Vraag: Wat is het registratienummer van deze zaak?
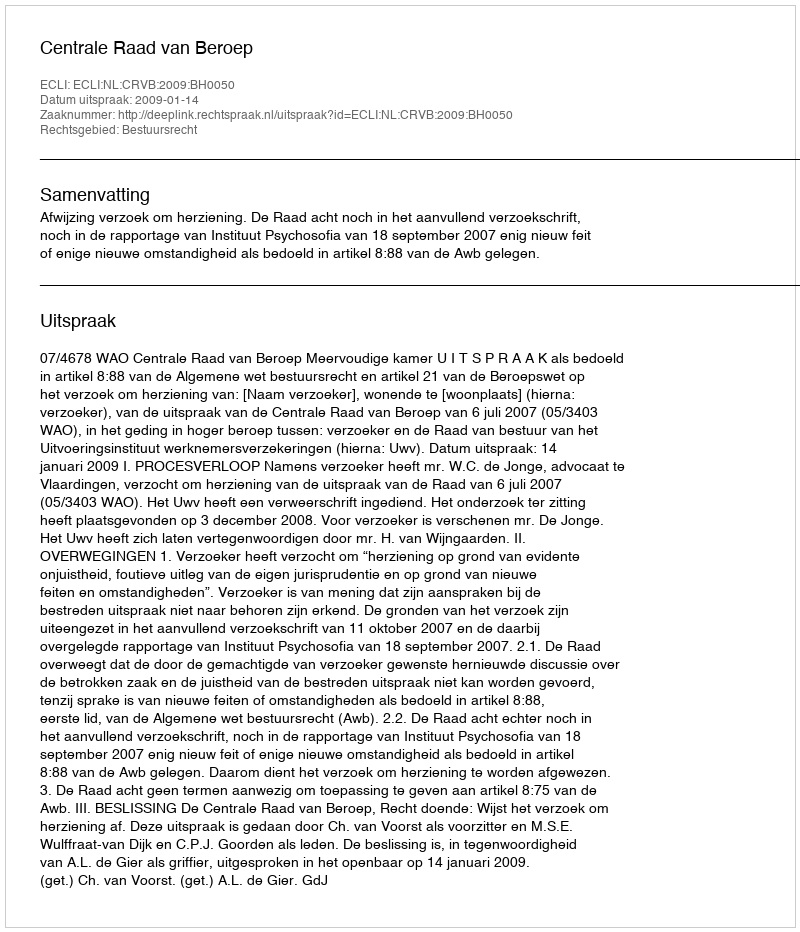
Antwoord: http://deeplink.rechtspraak.nl/uitspraak?id=ECLI:NL:CRVB:2009:BH0050